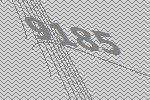
9185